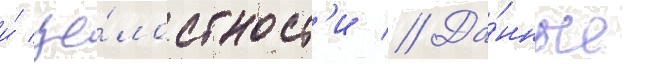
и́ це́лостност'и // Да́нные